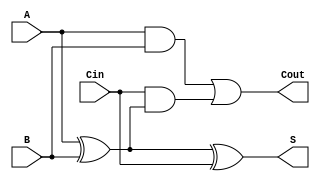
module async_full_adder (
    input wire A,      // First binary input
    input wire B,      // Second binary input
    input wire Cin,    // Carry-in input
    output wire S,     // Sum output
    output wire Cout   // Carry-out output
);

// Calculate the sum (S) using XOR gates
assign S = A ^ B ^ Cin;

// Calculate the carry-out (Cout) using AND and OR gates
assign Cout = (A & B) | (Cin & (A ^ B));

endmodule